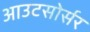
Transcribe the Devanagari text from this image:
आउटसोर्सर